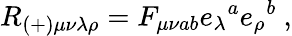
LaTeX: R_{(+)\mu\nu\lambda\rho}=F_{\mu\nu ab}e_{\lambda}{}^{a}e_{\rho}{}^{b}\ ,